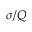
\sigma / Q